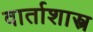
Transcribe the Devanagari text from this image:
वार्ताशास्त्र